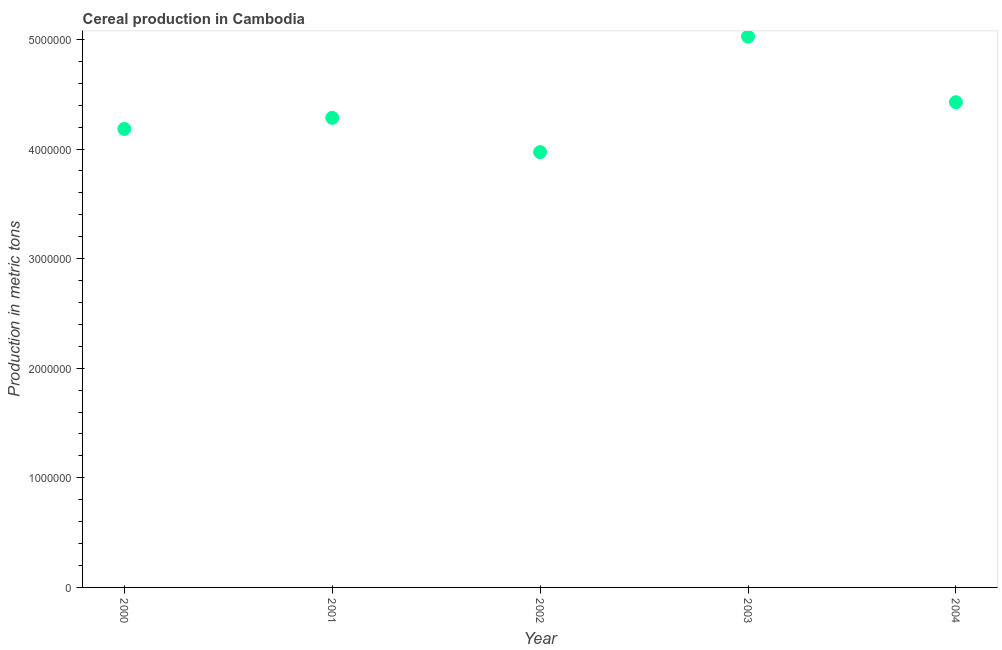
| Year | Cereal production |
 | --- | --- |
 | 2000 | 4.18e+06 |
 | 2001 | 4.28e+06 |
 | 2002 | 3.97e+06 |
 | 2003 | 5.03e+06 |
 | 2004 | 4.43e+06 |